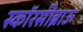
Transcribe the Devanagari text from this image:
स्कॉरसीब्राऊ